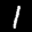
Label: 1